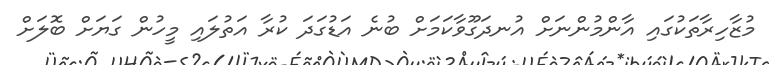
މުޒާހިރާތަކުގައި އާންމުންނަށް އުނދަގޫވާކަމަށް ބުނެ އަޑުގަދަ ކުރާ އަތުލައި މީހުން ގަޔަށް ބޮލަށް